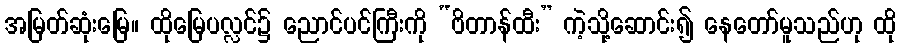
အမြတ်ဆုံးမြေ။ ထိုမြေပလ္လင်၌ ညောင်ပင်ကြီးကို “ဗိတာန်ထီး” ကဲ့သို့ဆောင်း၍ နေတော်မူသည်ဟု ထို